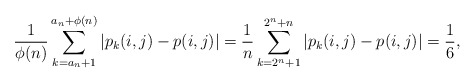
\begin{align*}\frac{1}{\phi(n)}\sum_{k=a_n+1}^{a_n+\phi(n)}|p_{k}(i,j)-p(i,j)|=\frac{1}{n}\sum_{k=2^n+1}^{2^n+n}|p_{k}(i,j)-p(i,j)|=\frac{1}{6},\end{align*}